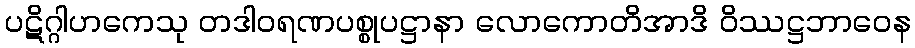
ပဋိဂ္ဂါဟကေသု တဒါဝရဏပစ္စုပဋ္ဌာနာ လောကောတိအာဒိ ဝိဿဋ္ဌဘာဝေန